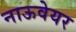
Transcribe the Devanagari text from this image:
नाऊवेयर